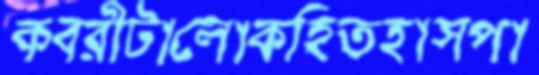
কবরীটালোকহিতহাসপা